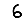
Digit: 6